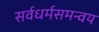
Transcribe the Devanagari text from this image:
सर्वधर्मसमन्वय